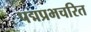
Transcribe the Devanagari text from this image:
पद्मप्रभचरित